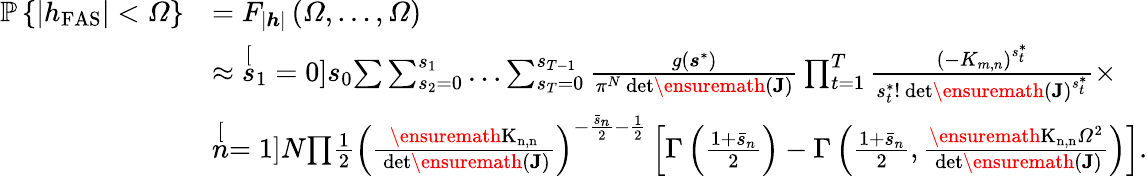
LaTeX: \begin{array}{rl}{\mathcal{\mathbb{P}}\left\{ \left|h_{\mathrm{{FAS}}}\right|<\varOmega\right\} }&{=F_{\left|\boldsymbol{h}\right|}\left(\varOmega,\ldots,\varOmega\right)}\\ &{\approx\stackrel[s_{1}=0]{s_{0}}{\sum}\sum_{s_{2}=0}^{s_{1}}\ldots\sum_{s_{T}=0}^{s_{T-1}}\frac{g\left(\boldsymbol{s}^{*}\right)}{\pi^{N}\mathrm{\mathrm{~{det}}\ensuremath{\left(\boldsymbol{J}\right)}}}\prod_{t=1}^{T}\frac{\left(-K_{m,n}\right)^{s_{t}^{*}}}{s_{t}^{*}!\mathrm{\mathrm{~{det}}\ensuremath{\left(\boldsymbol{J}\right)}}^{s_{t}^{*}}}\times}\\ &{\stackrel[n=1]{N}{\prod}\frac{1}{2}\left(\frac{\mathrm{\ensuremath{K_{n,n}}}}{\mathrm{\mathrm{~{det}}\ensuremath{\left(\boldsymbol{J}\right)}}}\right)^{-\frac{\bar{s}_{n}}{2}-\frac{1}{2}}\left[\Gamma\left(\frac{1+\bar{s}_{n}}{2}\right)-\Gamma\left(\frac{1+\bar{s}_{n}}{2},\frac{\mathrm{\ensuremath{K_{n,n}}}\varOmega^{2}}{\mathrm{\mathrm{~{det}}\ensuremath{\left(\boldsymbol{J}\right)}}}\right)\right].}\end{array}